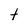
Character: t